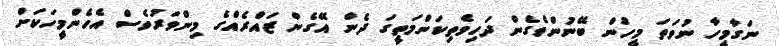
ނަގާމީހާ ނުވަތަ މީހުން ބޭނުންވެގެން ދަހިވެތިކަންމަތީގަ ދެން އޭގެން ޒައްރެއްގެ މިންވަރުވެސް އެހެންމީހަކަށް